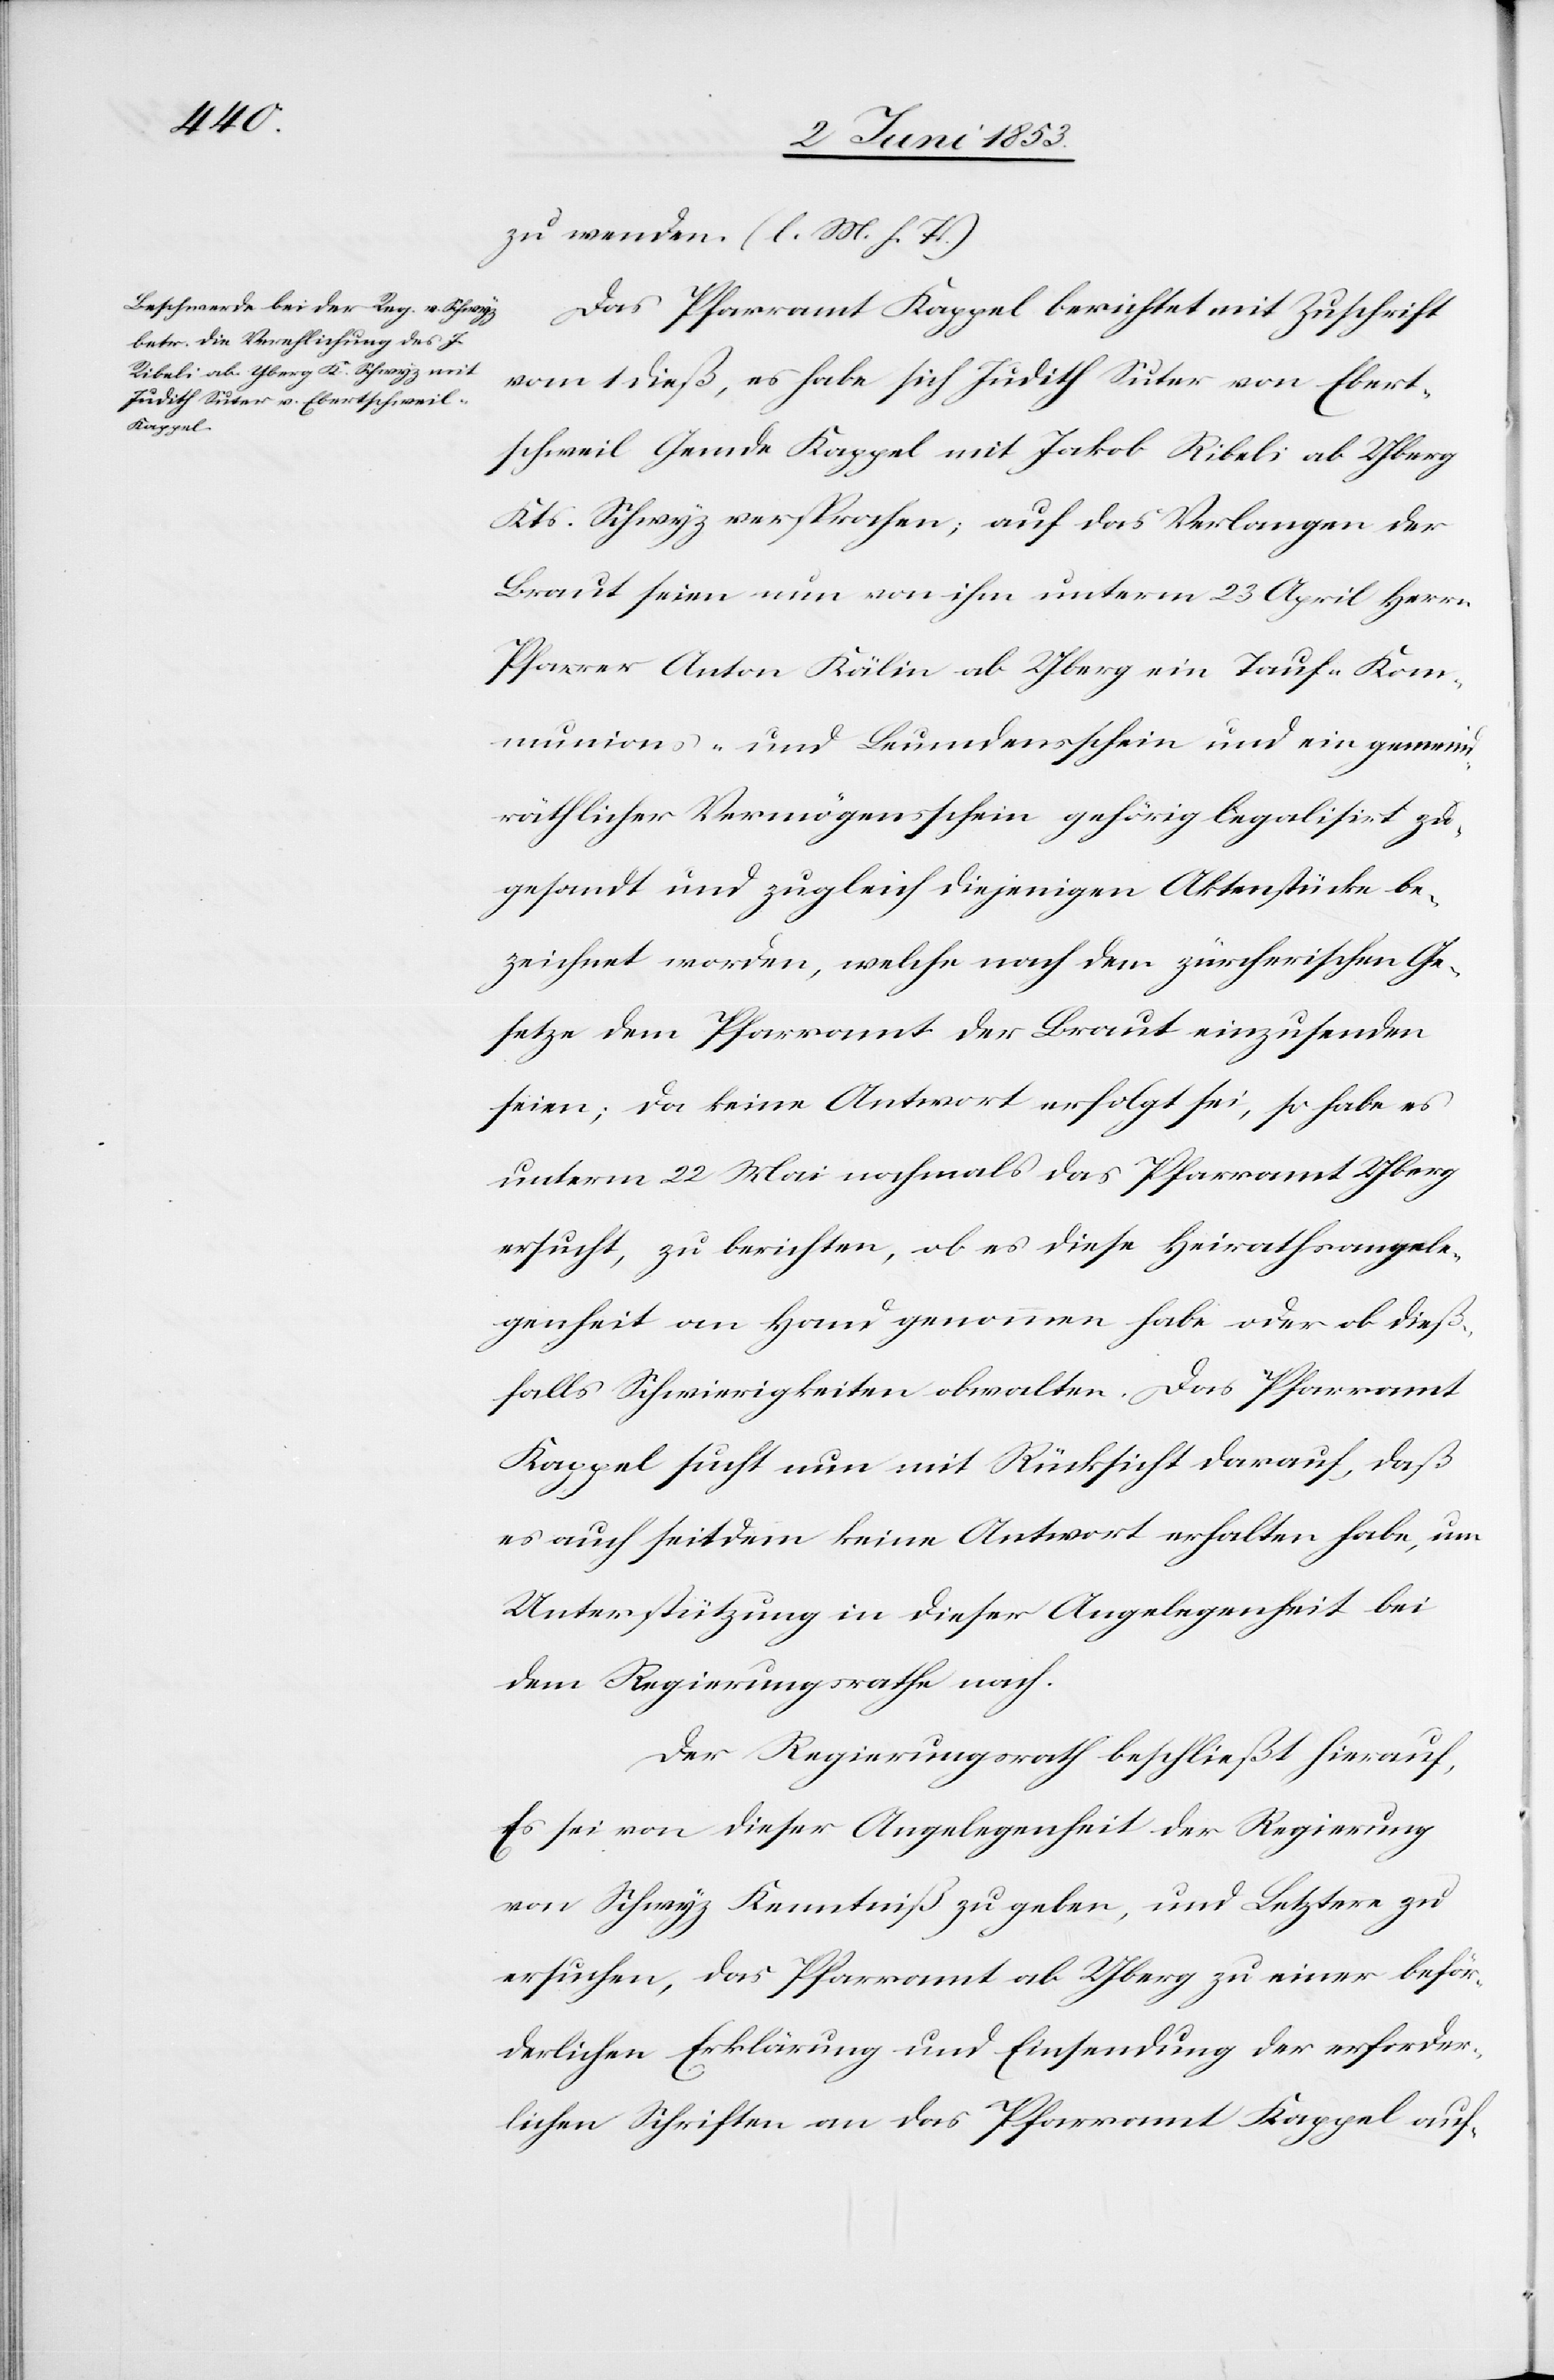
zu wenden. [l. M. h. T]
Das Pfarramt Kappel berichtet mit Zuschrift
vom 1 dieß, es habe sich Judith Suter von Ebert¬
schweil Gemde Kappel mit Jakob Ribeli ab Yberg
Kts. Schwyz versprochen; auf das Verlangen der
Braut seien nun von ihm unterm 23 April Herrn
Pfarrer Anton Kälin ab Yberg ein Tauf- Kom¬
munions- und Leumdensschein und ein gemeind¬
räthlicher Vermögensschein gehörig legalisirt zu¬
gesandt und zugleich diejenigen Aktenstücke be¬
zeichnet worden, welche nach dem zürcherischen Ge¬
setze dem Pfarramt der Braut einzusenden
seien; da keine Antwort erfolgt sei, so habe es
unterm 22 Mai nochmals das Pfarramt Yberg
ersucht, zu berichten, ob es diese Heirathsangele¬
genheit an Hand genommen habe oder ob dieß¬
falls Schwierigkeiten obwalten. Das Pfarramt
Kappel sucht nun mit Rücksicht darauf, daß
es auch seitdem keine Antwort erhalten habe, um
Unterstützung in dieser Angelegenheit bei
dem Regierungsrathe nach.
Der Regierungsrath beschließt hierauf,
Es sei von dieser Angelegenheit der Regierung
von Schwyz Kenntniß zu geben, und Letztere zu
ersuchen, das Pfarramt ab Yberg zu einer beför¬
derlichen Erklärung und Einsendung der erforder¬
lichen Schriften an das Pfarramt Kappel auf-